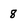
Character: 8